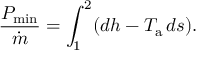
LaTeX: { \frac { P _ { \mathrm { m i n } } } { \dot { m } } } = \int _ { 1 } ^ { 2 } ( d h - T _ { \mathrm { a } } \, d s ) .